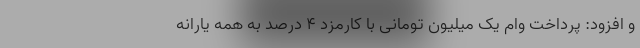
و افزود: پرداخت وام یک میلیون تومانی با کارمزد ۴ درصد به همه یارانه